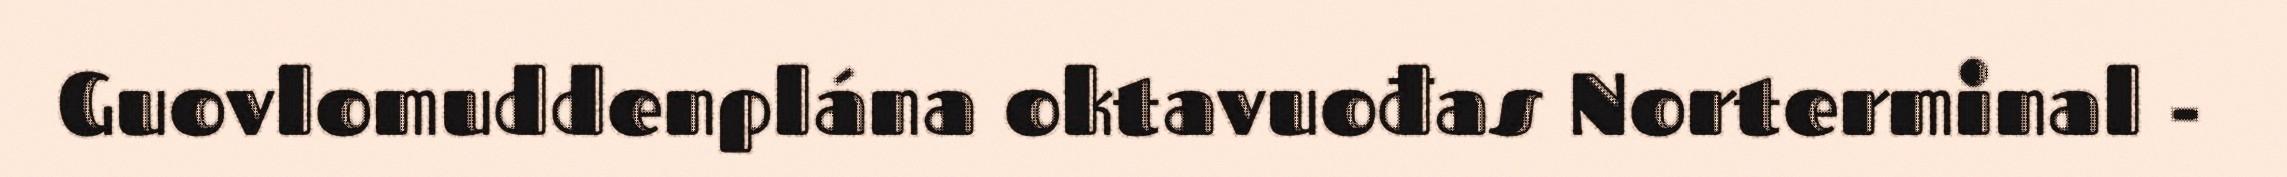
Guovlomuddenplána oktavuođas Norterminal -